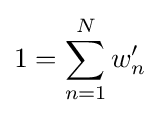
1=\sum _{n=1}^{N}w'_{n}